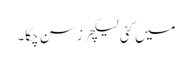
میں کئی لیکچرز سن چکا۔